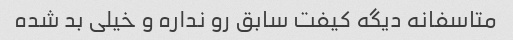
متاسفانه دیگه کیفت سابق رو نداره و خیلی بد شده